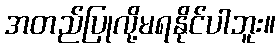
အတည်ပြုလို့မရနိုင်ပါဘူး။